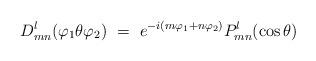
LaTeX: \begin{align*}D^l_{mn}(\varphi_1\theta\varphi_2)\ =\ e^{-i(m\varphi_1+n\varphi_2)}P^l_{mn}(\cos\theta)\end{align*}